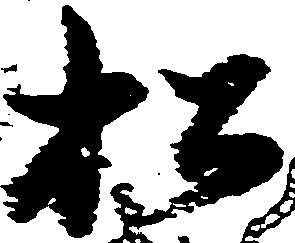
松